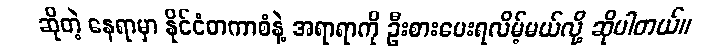
ဆိုတဲ့ နေရာမှာ နိုင်ငံတကာစံနဲ့ အရာရာကို ဦးစားပေးရလိမ့်မယ်လို့ ဆိုပါတယ်။